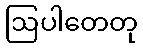
ဩပါတေတု